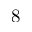
8